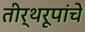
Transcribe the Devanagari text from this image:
तीर्थरूपांचे